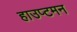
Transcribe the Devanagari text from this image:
हाउप्टमन